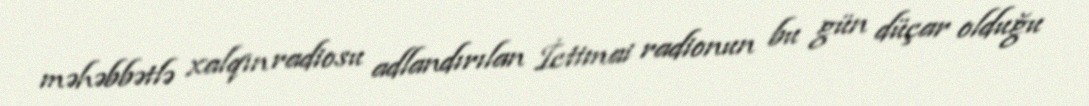
məhəbbətlə xalqın radiosu adlandırılan İctimai radionun bu gün düçar olduğu